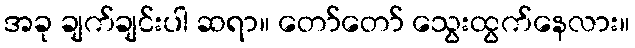
အခု ချက်ချင်းပါ ဆရာ။ တော်တော် သွေးထွက်နေလား။